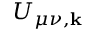
U _ { \mu \nu , \mathbf { k } }